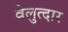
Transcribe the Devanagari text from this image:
वेलुत्दार